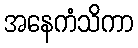
အနေကံသိကာ